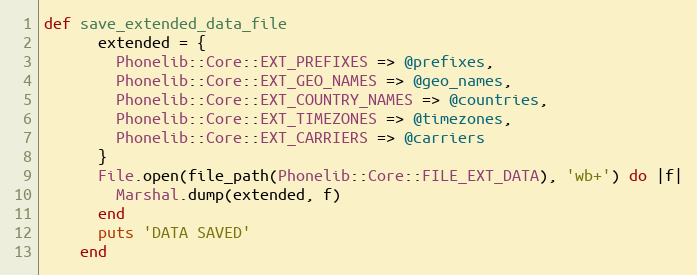
Language: Ruby
def save_extended_data_file
      extended = {
        Phonelib::Core::EXT_PREFIXES => @prefixes,
        Phonelib::Core::EXT_GEO_NAMES => @geo_names,
        Phonelib::Core::EXT_COUNTRY_NAMES => @countries,
        Phonelib::Core::EXT_TIMEZONES => @timezones,
        Phonelib::Core::EXT_CARRIERS => @carriers
      }
      File.open(file_path(Phonelib::Core::FILE_EXT_DATA), 'wb+') do |f|
        Marshal.dump(extended, f)
      end
      puts 'DATA SAVED'
    end